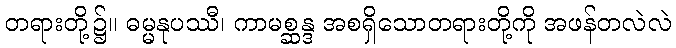
တရားတို့၌။ ဓမ္မနုပဿီ၊ ကာမစ္ဆန္ဒ အစရှိသောတရားတို့ကို အဖန်တလဲလဲ